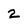
Character: 2